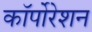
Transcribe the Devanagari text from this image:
काॅर्पोरेशन